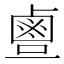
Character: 𪉙